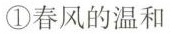
①春风的温和